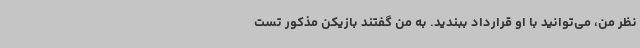
نظر من، می‌توانید با او قرارداد ببندید. به من گفتند بازیکن مذکور تست